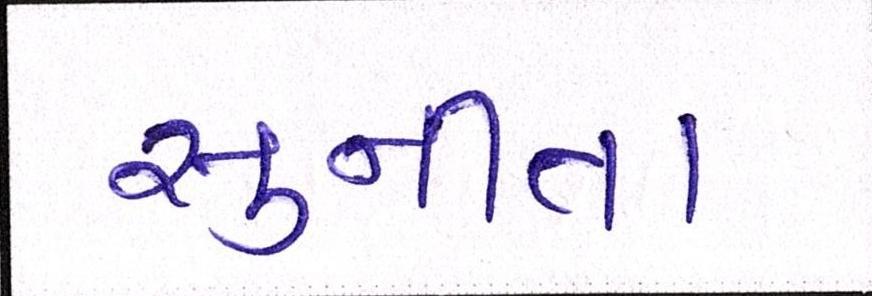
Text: સુનીતા